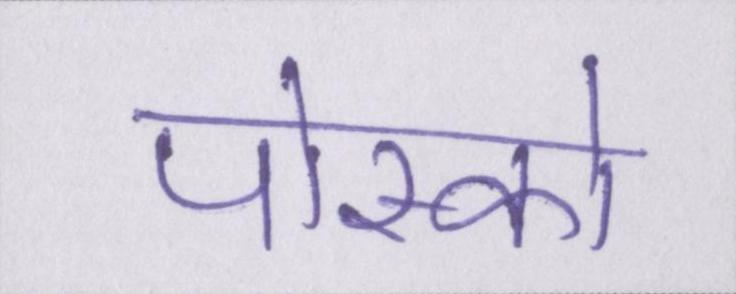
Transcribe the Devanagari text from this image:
पोस्को